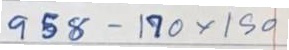
958 - 170 x 150